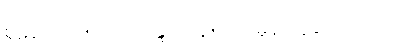
စူဠနိ-ပါ-၂၅၈ ။မိလိန္ဒ-ပါ-၃၅၂၊ နမူနာယူဖွယ် ၂-ဂါထာ